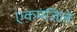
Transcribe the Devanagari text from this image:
एकमंजिले